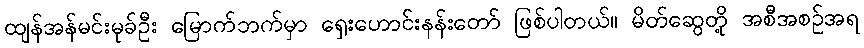
ထျန်အန်မင်းမုခ်ဦး မြောက်ဘက်မှာ ရှေးဟောင်းနန်းတော် ဖြစ်ပါတယ်။ မိတ်ဆွေတို့ အစီအစဉ်အရ